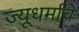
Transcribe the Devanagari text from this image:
ज्यूधर्माचे